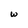
Character: w